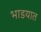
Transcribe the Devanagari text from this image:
भाडयात